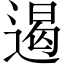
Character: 遏